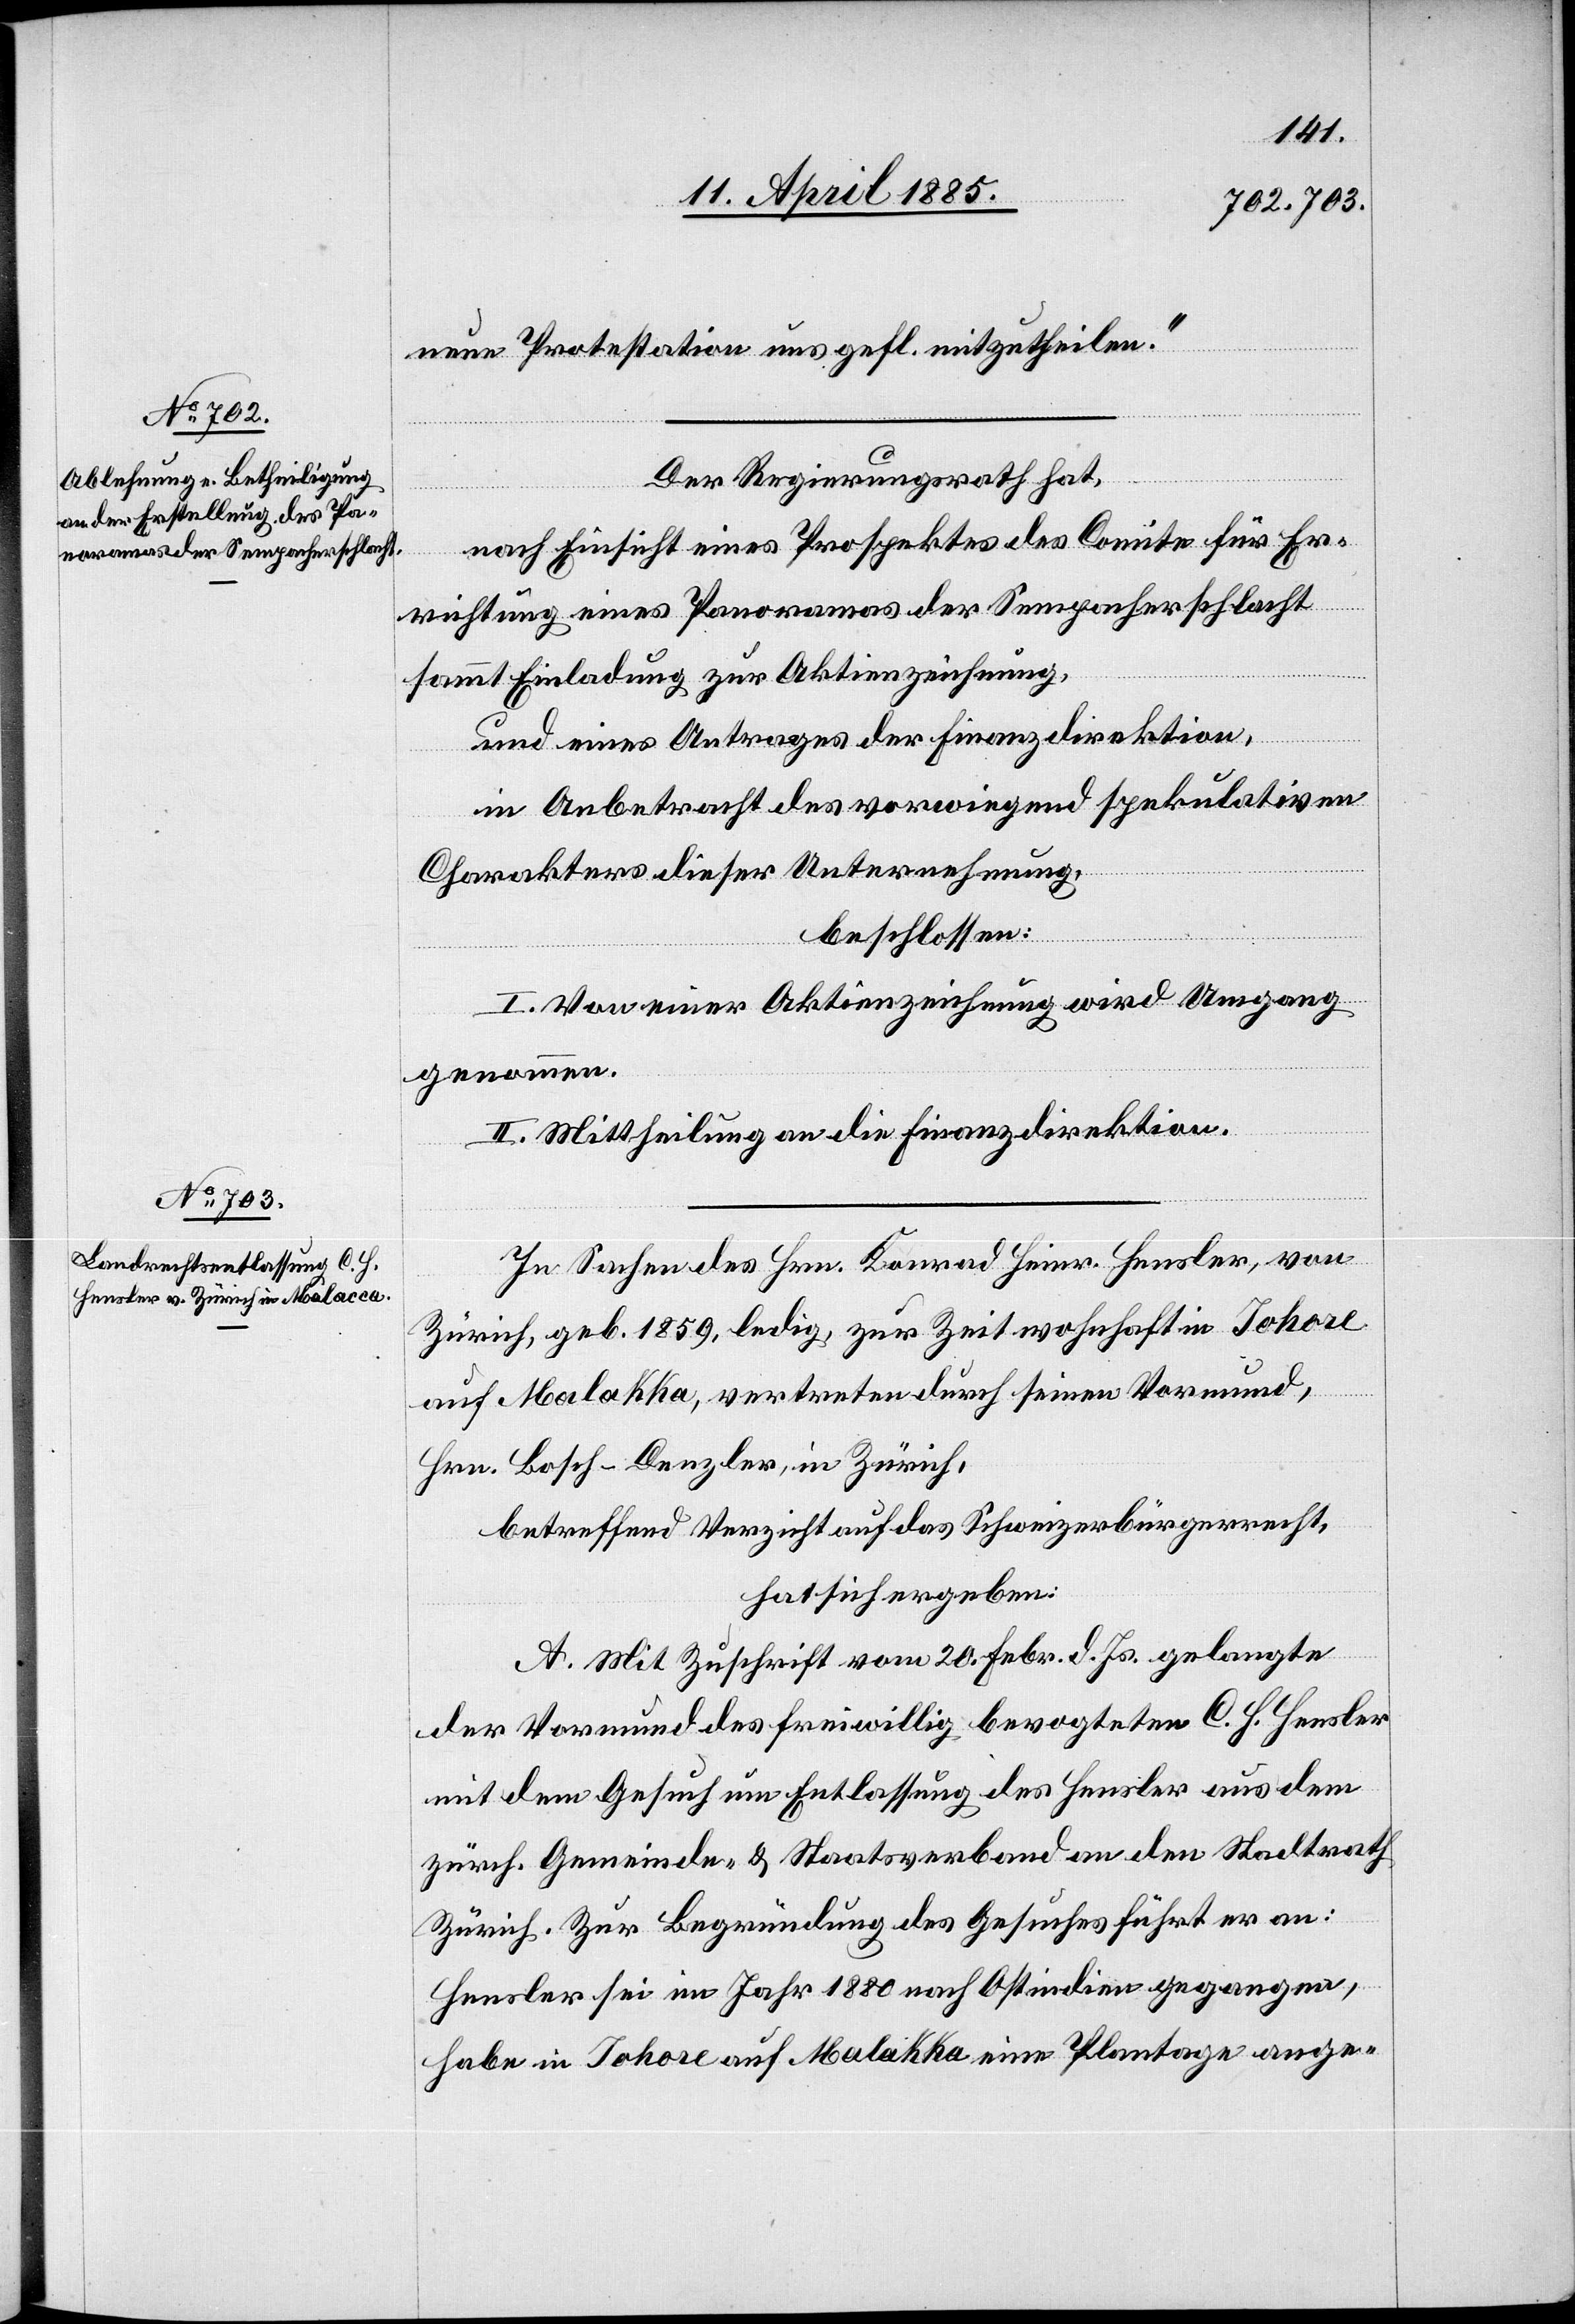
neue Protestation uns gefl. mitzutheilen.“
Der Regierungsrath hat,
nach Einsicht eines Prospektes des Comite für Er¬
richtung eines Panoramas der Sempacherschlacht
sammt Einladung zur Aktienzeichnung,
und eines Antrages der Finanzdirektion,
in Anbetracht des vorwiegend spekulativen
Charakters dieser Unternehmung,
beschlossen:
I. Von einer Aktienzeichnung wird Umgang
genommen.
II. Mittheilung an die Finanzdirektion.
In Sachen des Hrn. Konrad Heinr. Hensler, von
Zürich, geb. 1859, ledig, zur Zeit wohnhaft in Johore
auf Malakka [sic!], vertreten durch seinen Vormund,
Hrn. Bosch-Denzler, in Zürich,
betreffend Verzicht auf das Schweizerbürgerrecht,
hat sich ergeben:
A. Mit Zuschrift vom 20. Febr. d. Js. gelangte
der Vormund des freiwillig bevogteten C. [sic!] H. Hensler
mit dem Gesuch um Entlassung des Hensler aus dem
zürch. Gemeinde- & Staatsverband an den Stadtrath
Zürich. Zur Begründung des Gesuches führt er an:
Hensler sei im Jahr 1880 nach Ostindien gegangen,
habe in Johore auf Malakka eine Plantage ange-